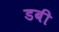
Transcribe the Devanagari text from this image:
डबी